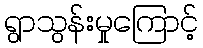
ရွာသွန်းမှုကြောင့်